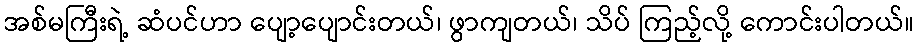
အစ်မကြီးရဲ့ ဆံပင်ဟာ ပျော့ပျောင်းတယ်၊ ဖွာကျတယ်၊ သိပ် ကြည့်လို့ ကောင်းပါတယ်။